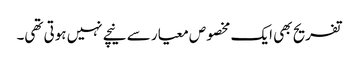
تفریح بھی ایک مخصوص معیار سے نیچے نہیں ہوتی تھی۔